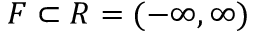
F \subset \textstyle R = ( - \infty , \infty )